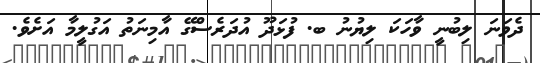
ދެވަނަ ލިބުނީ ވާހަކަ ލިޔުނު ބ. ފުޅަދޫ އުދަރެސްގޭ އާމިނަތު އަގުލީމާ އަށެވެ.